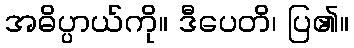
အဓိပ္ပာယ်ကို။ ဒီပေတိ၊ ပြ၏။